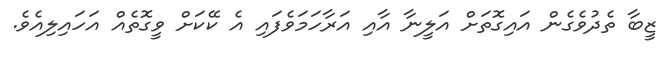
ޒީބާ ތެދުވެގެން އައިގޮތަށް އަލީނާ އާއި އަރާހަމަވެފައި އެ ކޭކަށް ވީގޮތެއް އަހައިލިއެވެ.